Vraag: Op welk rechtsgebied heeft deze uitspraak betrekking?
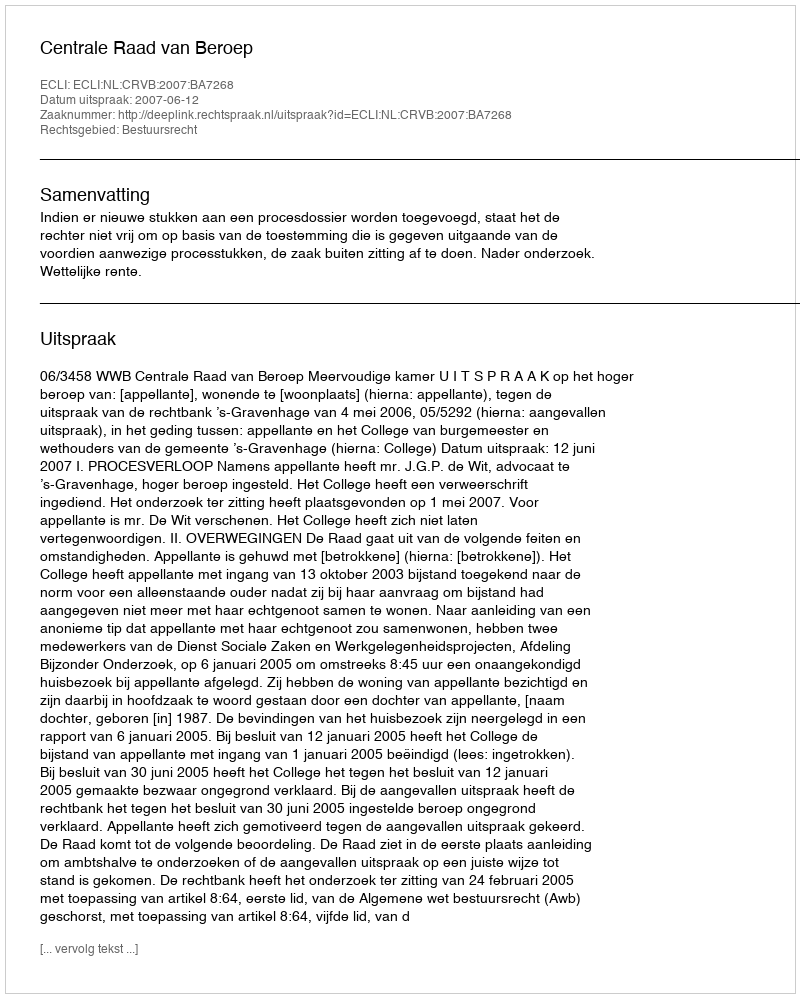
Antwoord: Bestuursrecht